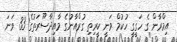
އިމްރާން ގެ ހަގީގީ ހުކުމް ވަނީ ކީރިތި ގުރްއާނުގެ މާއިދާސޫރަތުގެ 33 ވަނަ